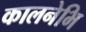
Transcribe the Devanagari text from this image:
कालनेभि